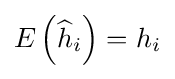
E\left({\widehat {h}}_{i}\right)=h_{i}